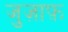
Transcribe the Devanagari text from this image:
जुज़ाफ़